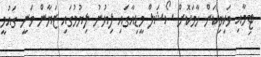
ޓިމާއި ވަކިވިކަން ހާމަކޮށް ސޯޝަލް މީޑިއާގައި ލިޔުނު ލިޔުމުގައި ޒަޔާން ވަނީ ގައުމީ